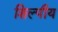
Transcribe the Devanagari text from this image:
शिल्पीय